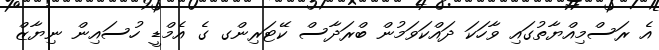
އެ ރަސްމިއްޔާތުގައި ވާހަކަ ދައްކަވަމުން ބްރަދާސް ކޭޓަރިންގ ގެ އެމްޑީ ހުސައިން ނިޔާޒް